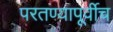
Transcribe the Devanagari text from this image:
परतण्यापूर्वीच